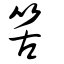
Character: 筈